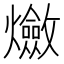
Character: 𤒦